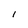
Character: I